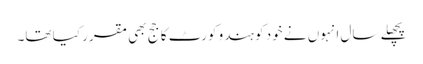
پچھلے سال انہوں نے خود کو ہندو کورٹ کا جج بھی مقرر کیا تھا۔